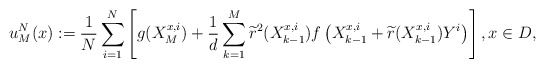
\begin{align*} u_{M}^{N}(x):=\frac{1}{N}\sum_{i=1}^N\left[ g(X^{x,i}_{M})+\frac{1}{d}\sum\limits_{k= 1}^M \widetilde{r}^2(X^{x,i}_{k-1})f\left(X^{x,i}_{k-1}+\widetilde{r}(X^{x,i}_{k-1})Y^i\right)\right], x\in D, \end{align*}